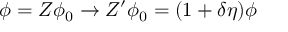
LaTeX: \phi = Z \phi _ { 0 } \to Z ^ { \prime } \phi _ { 0 } = ( 1 + \delta \eta ) \phi